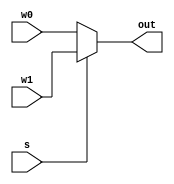
`timescale 1ns / 1ps
//////////////////////////////////////////////////////////////////////////////////
// Company: 
// Engineer: 
// 
// Design Name: 
// Module Name: adder1bit
// Project Name: 
// Target Devices: 
// Tool Versions: 
// Description: 2to1mux.v represents a mux with 2 32-bit bus inputs and a 1-bit
//              selector that chooses one of the inputs to move to output
// Dependencies: 
// 
// Revision:
// Revision 0.01 - File Created
// Additional Comments:
// 
//////////////////////////////////////////////////////////////////////////////////
module mux2to1(w0, w1, s, out);
input [31:0]w0;
input [31:0]w1;
input s;
output [31:0]out;

assign out = s ? w1 : w0;

endmodule